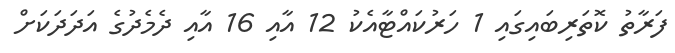
ފަރާތު ކޮތަރިބައިގައި 1 ހަރުކައްޓާއެކު 12 އާއި 16 އާއި ދެމެދުގެ އަދަދަަކަށް